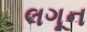
લગૂન